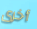
أخرى